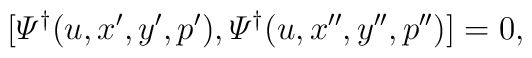
[{\mit\Psi}^\dagger(u,x',y',p'),{\mit\Psi}^\dagger(u,x'',y'',p'')]=0,